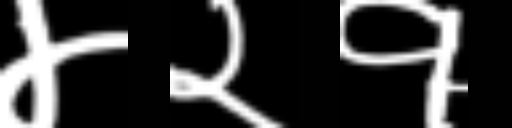
Text: ४२१